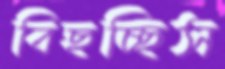
বিছচ্ছিস